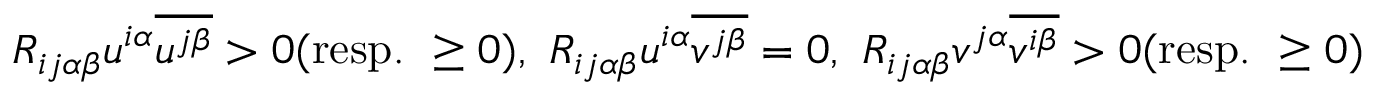
R _ { i \b { j } \alpha \b { \beta } } u ^ { i \alpha } \overline { { u ^ { j \beta } } } > 0 ( \mathrm { r e s p . ~ } \geq 0 ) , \, \, R _ { i \b { j } \alpha \b { \beta } } u ^ { i \alpha } \overline { { v ^ { j \beta } } } = 0 , \, \, R _ { i \b { j } \alpha \b { \beta } } v ^ { \b { j } \alpha } \overline { { v ^ { \b { i } \beta } } } > 0 ( \mathrm { r e s p . ~ } \geq 0 )